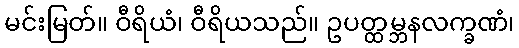
မင်းမြတ်။ ဝီရိယံ၊ ဝီရိယသည်။ ဥပတ္ထမ္ဘနလက္ခဏံ၊